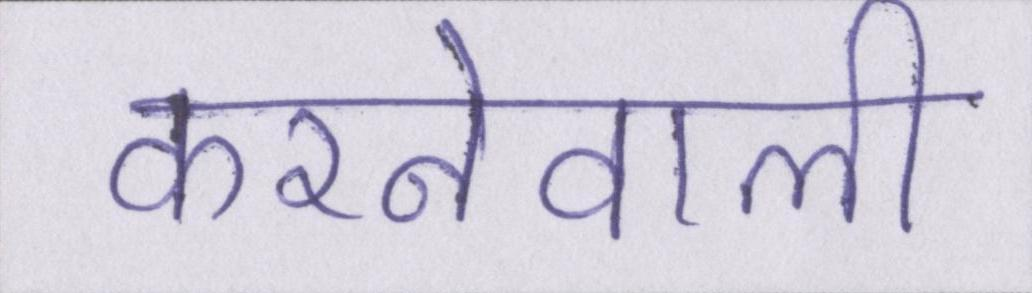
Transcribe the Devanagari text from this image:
करनेवाली